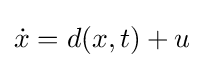
{\dot {x}}=d(x,t)+u